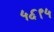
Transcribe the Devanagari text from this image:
५६९५